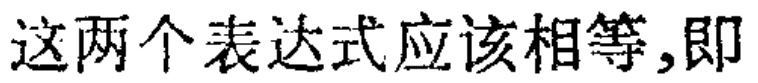
这两个表达式应该相等,即